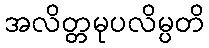
အလိတ္တမုပလိမ္ပတိ